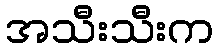
အသီးသီးက